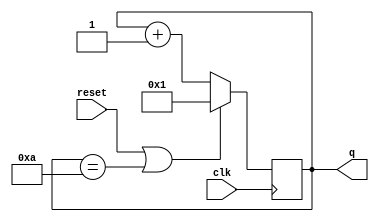
module top_module (
    input clk,
    input reset,
    output reg [3:0] q);
    
	always @ (posedge clk) begin
        if(reset | (q==4'b1010))q <= 4'b1;
        else q <= q+1'b1;
    end
    
endmodule